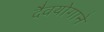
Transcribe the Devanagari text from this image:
दैवयोगाने